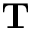
\textbf { T }